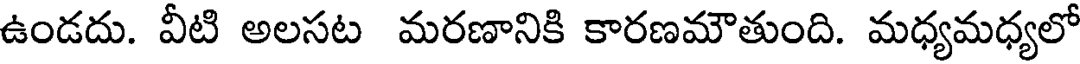
ఉండదు. వీటి అలసట మరణానికి కారణమౌతుంది. మధ్యమధ్యలో